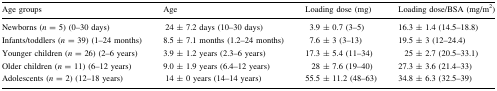
| Age groups | Age | Loading dose (mg) | Loading dose/BSA (mg/m2) |
 | --- | --- | --- | --- |
 | Newborns (n = 5) (0–30 days) | 24 ± 7.2 days (10–30 days) | 3.9 ± 0.7 (3–5) | 16.3 ± 1.4 (14.5–18.8) |
 | Infants/toddlers (n = 39) (1–24 months) | 8.5 ± 7.1 months (1.2–24 months) | 7.6 ± 3 (3–13) | 19.5 ± 3 (12–24.4) |
 | Younger children (n = 26) (2–6 years) | 3.9 ± 1.2 years (2.3–6 years) | 17.3 ± 5.4 (11–34) | 25 ± 2.7 (20.5–33.1) |
 | Older children (n = 11) (6–12 years) | 9.0 ± 1.9 years (6.4–12 years) | 28 ± 7.6 (19–40) | 27.3 ± 3.6 (21.4–33) |
 | Adolescents (n = 2) (12–18 years) | 14 ± 0 years (14–14 years) | 55.5 ± 11.2 (48–63) | 34.8 ± 6.3 (32.5–39) |